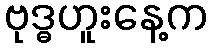
ဗုဒ္ဓဟူးနေ့က